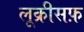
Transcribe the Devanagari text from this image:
लूक्रीसफ़